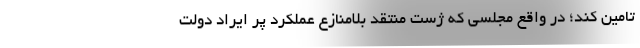
تامین کند؛ در واقع مجلسی که ژست منتقد بلامنازع عملکرد پر ایراد دولت